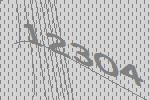
12304